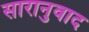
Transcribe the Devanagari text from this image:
सारानुवाद